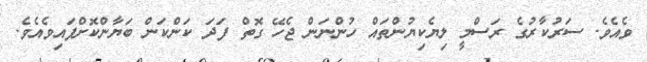
ވެއެވެ. ސަރުކާރުގެ ރަސްމީ ލިޔެކިޔުންތައް ހުންނަން ޖެހޭ ގޮތް ފަދަ ކަންކަން ބަޔާންކޮށްފައިވެއެވެ.